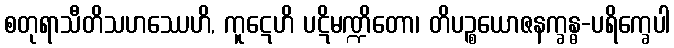
စတုရာသီတိသဟဿေဟိ, ကူဋေဟိ ပဋိမဏ္ဍိတော၊ တိပဉ္စယောဇနက္ခန္ဓ-ပရိက္ခေပါ